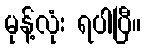
မုန့်လုံး ရပါပြီ။